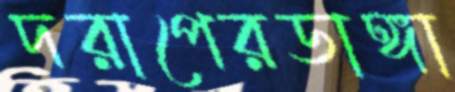
দরাপেরডাঙ্গা